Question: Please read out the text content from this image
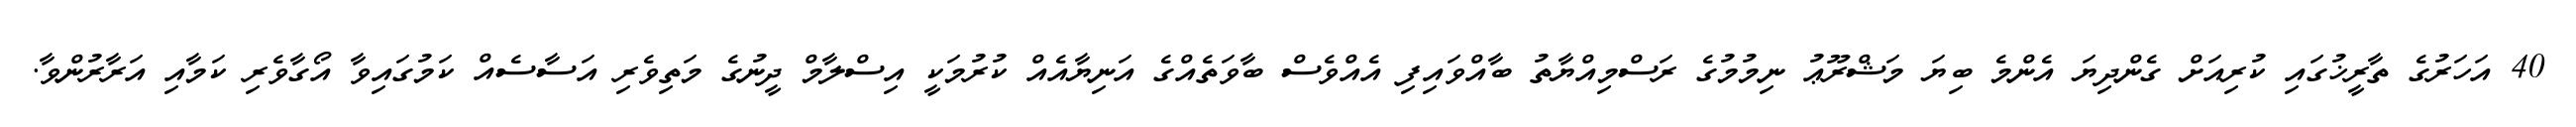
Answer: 40 އަހަރުގެ ތާރީޚުގައި ކުރިއަށް ގެންދިޔަ އެންމެ ބިޔަ މަޝްރޫޢު ނިމުމުގެ ރަސްމިއްޔާތު ބާއްވައިފި އެއްވެސް ބާވަތެއްގެ އަނިޔާއެއް ކުރުމަކީ އިސްލާމް ދީނުގެ މަތިވެރި އަސާސެއް ކަމުގައިވާ އޯގާވެރި ކަމާއި އަރާރުންވާ.